Indian journal of veterinary science and animal husbandry - Volume 7,
Year: 1937
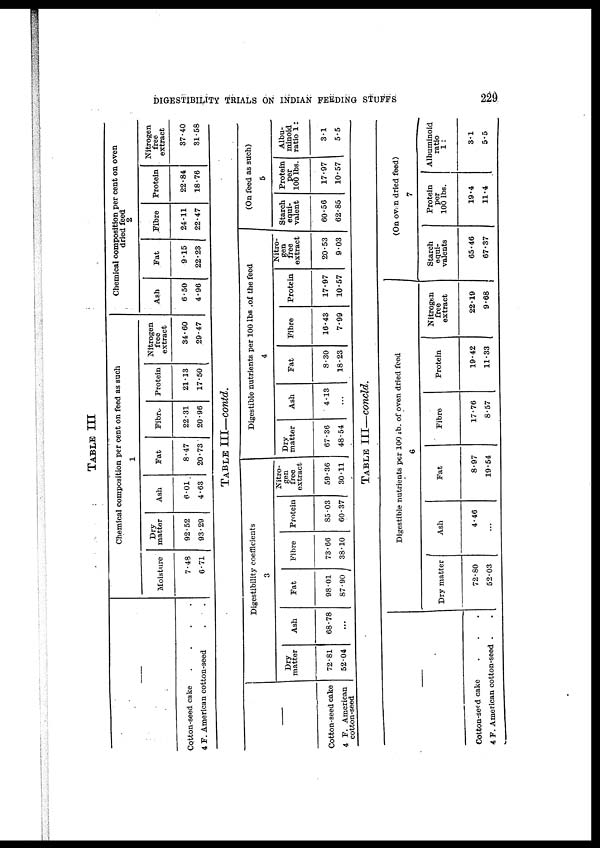
DIGESTIBILITY TRIALS ON INDIAN FEEDING STUFFS
229
TABLE III
—
Cotton-seed cake
.
.
.
.
4 F. American cotton-seed . .
Chemical composition per cent on feed as such
1
Moisture
7.43
6.71
Dry
matter
92.52
93.29
Ash
6.01
4.63
Fat
8.47
20.73
Fibre
22.31
20.96
Protein
21.13
17.50
Nitrogen
free
extract
34.60
29.47
Chemical composition per cent on oven
dried feed
2
Ash
6.50
4.96
Fat
9.15
22.23
Fibre
24.11
22.47
Protein
22.84
18.76
Nitrogen
free
extract
37.40
31.58
TABLE III—contd.
—
Cotton-seed cake
4 F. American
cotton-seed
Digestibility coefficients
3
Dry
matter
72.81
52.04
Ash
68.78
...
Fat
98.01
87.90
Fibre
73.66
38.10
Protein
85.03
60.37
Nitro-
gen
free
extract
59.36
30.11
Digestible nutrients per 100 lbs. of the feed
4
Dry
matter
67.36
48.54
Ash
4.13
...
Fat
8.30
18.23
Fibre
16.43
7.99
Protein
17.97
10.57
Nitro-
gen
free
extract
20.53
9.03
(On feed as such)
5
Starch
equi-
valent
60.56
62.85
Protein
per
100 lbs.
17.97
10.57
Albu-
minoid
ratio 1:
3.1
5.5
TABLE III—concld.
—
Cotton-set d cake . . .
4 F. American cotton-seed . .
Digestible nutrients per 100 lb. of oven dried feed
6
Dry matter
72.80
52.03
Ash
4.46
...
Fat
8.97
19.54
Fibre
17.76
8.57
Protein
19.42
11.33
Nitrogen
free
extract
22.19
9.68
(On oven dried feed)
7
Starch
equi-
valents
65.46
67.37
Protein
per
100 lbs.
19.4
11.4
Albuminoid
ratio
1:
3.1
5.5